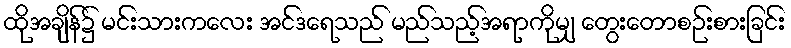
ထိုအချိန်၌ မင်းသားကလေး အင်ဒရေသည် မည်သည့်အရာကိုမျှ တွေးတောစဉ်းစားခြင်း